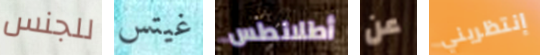
للجنس غيتس أطلانطس عن إنتظريني